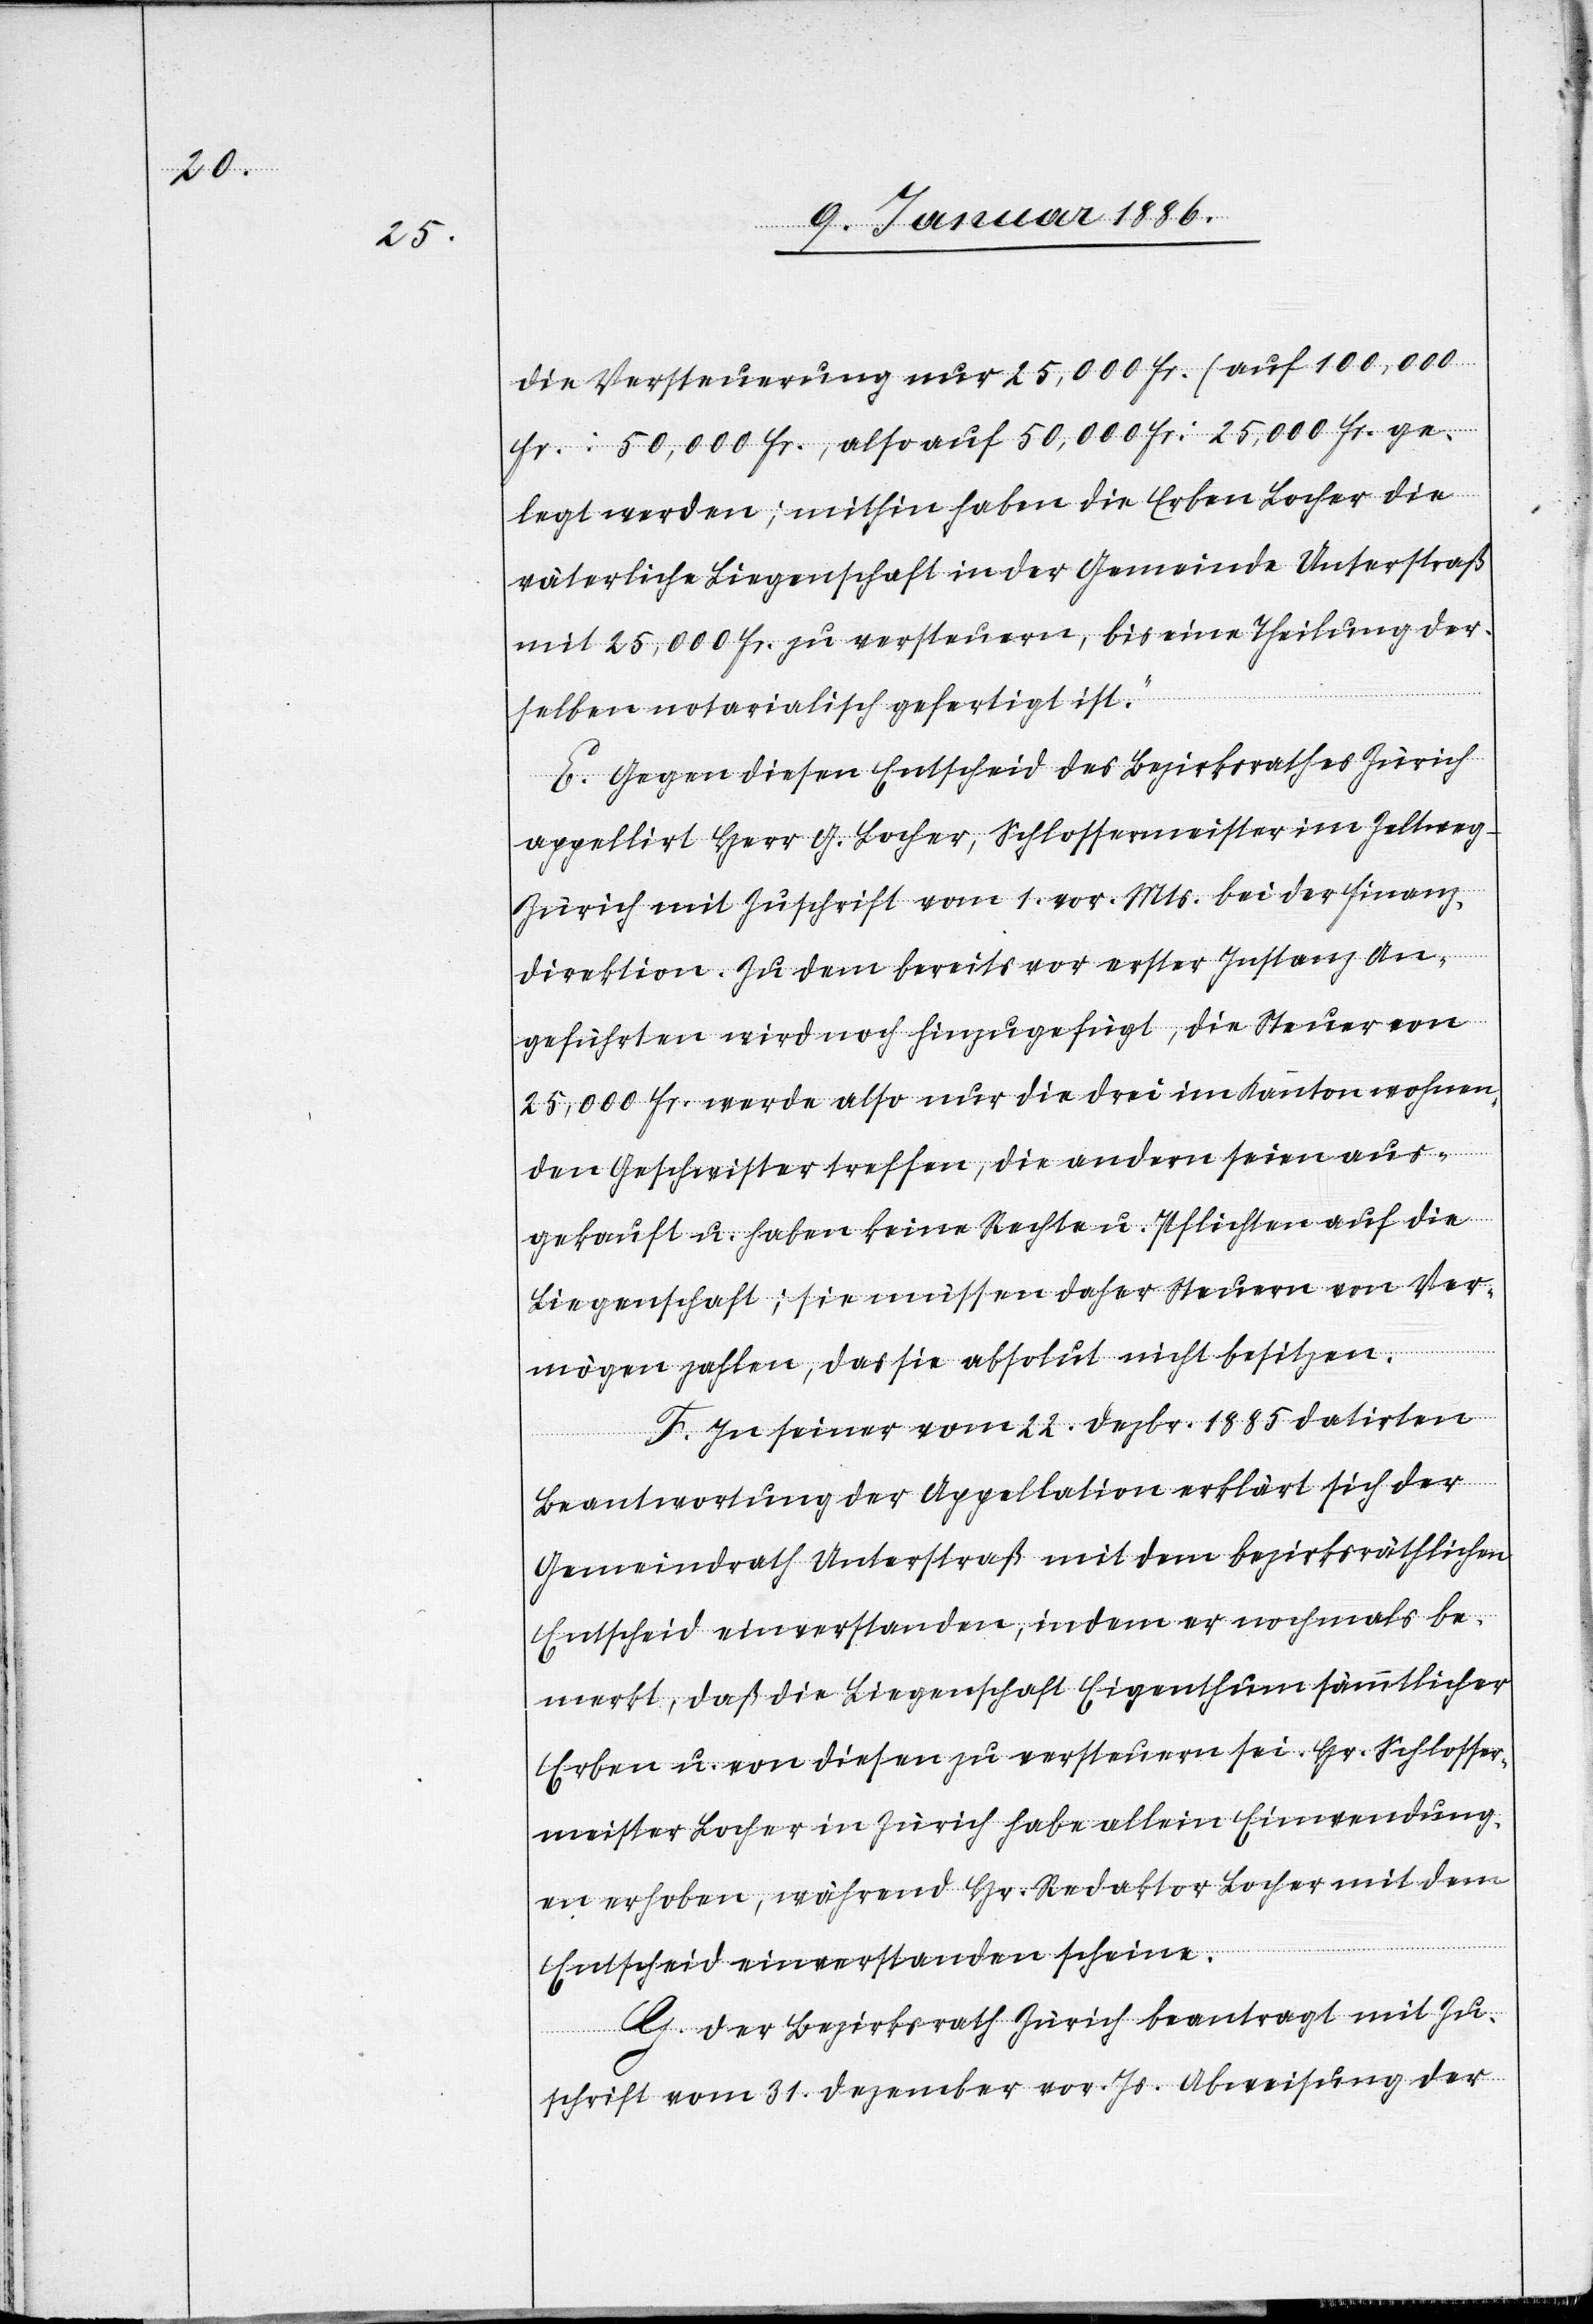
die Versteuerung nur 25,000 Fr. (auf 100,000
Fr. : 50,000 Fr., also auf 50,000 Fr. : 25,000 Fr.) ge¬
legt werden; mithin haben die Erben Locher die
väterliche Liegenschaft in der Gemeinde Unterstraß
mit 25,000 Fr. zu versteuern, bis eine Theilung der¬
selben notarialisch gefertigt ist.“
E. Gegen diesen Entscheid des Bezirksrathes Zürich
appelirt Herr G. Locher, Schlossermeister im Zeltweg
Zürich mit Zuschrift vom 1. vor. Mts. bei der Finanz¬
direktion. Zu dem bereits vor erster Instanz an¬
geführten wird noch hinzu gefügt, die Steuer von
25,000 Fr. würde also nur die drei im Kanton wohnen¬
den Geschwister treffen, die andern seien aus¬
gekauft u. haben keine Rechte u. Pflichten auf die
Liegenschaft; sie müssen daher Steuern von Ver¬
mögen zahlen, da sie absolut nicht besitzen.
F. In seiner vom 22. Dezbr. 1885 datirten
Beantwortung der Appellation erklärt sich der
Gemeindrath Unterstraß mit dem bezirksräthlichen
Entscheid einverstanden, indem er nochmals be¬
merkt, daß die Liegenschaft Eigenthum sämmtlicher
Erben u. von diesen zu versteuern sei. Hr. Schlosser¬
meister Locher in Zürich habe allein Einwendung¬
en erhoben, während Hr. Redaktor Locher mit dem
Entscheid einverstanden scheine.
G. Der Bezirksrath Zürich beantragt mit Zu¬
schrift vom 31. Dezember vor. Js. Abweisung der